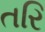
તરિ